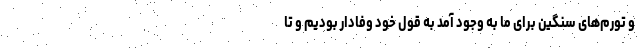
و تورم‌های سنگین برای ما به وجود آمد به قول خود وفادار بودیم و تا